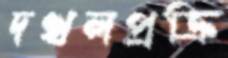
দখলপ্রক্রি